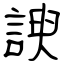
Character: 諛